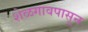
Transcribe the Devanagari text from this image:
शेळगावपासून